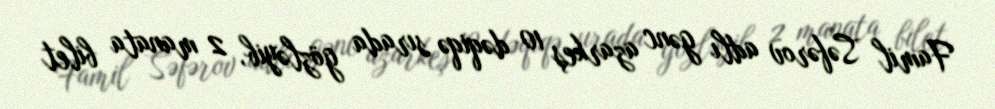
Famil Səfərov adlı gənc azarkeş 10 dəqiqə sırada gözləyib, 2 manata bilet